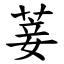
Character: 菨